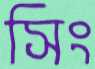
সিং